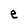
Character: e